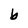
Character: b